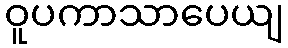
ဝူပကာသာပေယျ